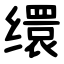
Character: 缳